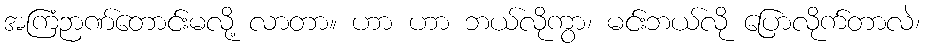
အကြံဉာဏ်တောင်းမလို့ လာတာ။ ဟာ ဟာ ဘယ်လိုကွာ၊ မင်းဘယ်လို ပြောလိုက်တာလဲ၊